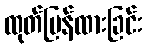
ထုတ်ပြန်ထားခြင်း